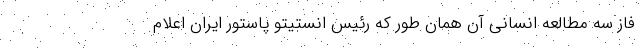
فاز سه مطالعه انسانی آن همان طور که رئیس انستیتو پاستور ایران اعلام